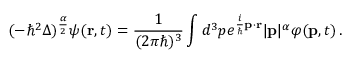
( - \hbar ^ { 2 } \Delta ) ^ { \frac { \alpha } { 2 } } \psi ( \mathbf { r } , t ) = { \frac { 1 } { ( 2 \pi \hbar ) ^ { 3 } } } \int d ^ { 3 } p e ^ { { \frac { i } { \hbar } } \mathbf { p } \cdot \mathbf { r } } | \mathbf { p } | ^ { \alpha } \varphi ( \mathbf { p } , t ) \, .